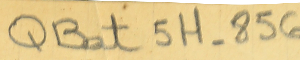
QBat 5H-856